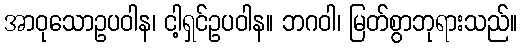
အာဝုသောဥပဝါန၊ ငါ့ရှင်ဥပဝါန။ ဘဂဝါ၊ မြတ်စွာဘုရားသည်။